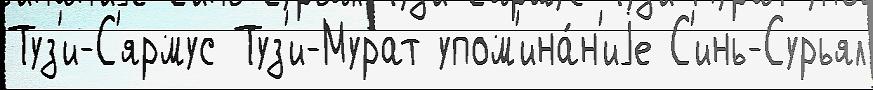
Туз'и-С'ярмус Туз'и-Мурат упом'ина́н'иjе С'инь-Сурьял